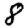
Digit: 8